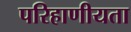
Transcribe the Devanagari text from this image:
परिहाणीयता